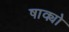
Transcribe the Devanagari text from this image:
षाक्यो